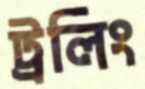
ট্রলিং